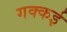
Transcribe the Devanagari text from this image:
गक्‍कई